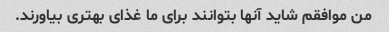
من موافقم شاید آنها بتوانند برای ما غذای بهتری بیاورند.